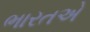
ભારતએ